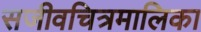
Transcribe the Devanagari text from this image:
सजीवचित्रमालिका